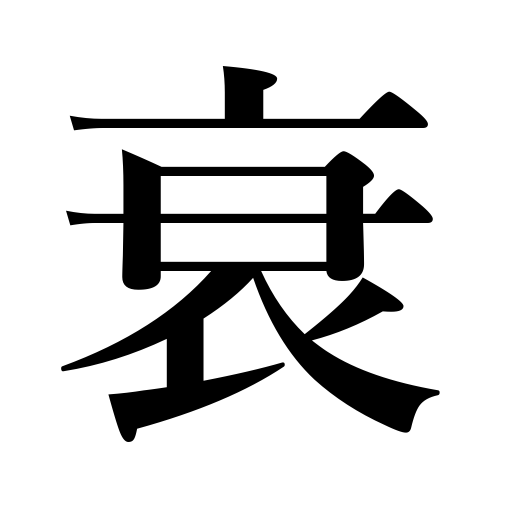
Meanings: weaken,waste away,wane,decline,decay,wither,abate